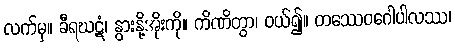
လက်မှ။ ခီရဃဋံ၊ နွားနို့အိုးကို။ ကိဏိတွာ၊ ဝယ်၍။ တဿေဝဂေါပါလဿ၊